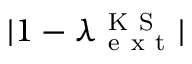
| 1 - \lambda _ { \mathrm { ~ e ~ x ~ t ~ } } ^ { \mathrm { ~ K ~ S ~ } } |